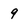
Character: 9